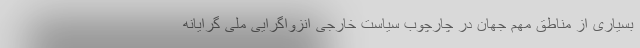
بسیاری از مناطق مهم جهان در چارچوب سیاست خارجی انزواگرایی ملی گرایانه